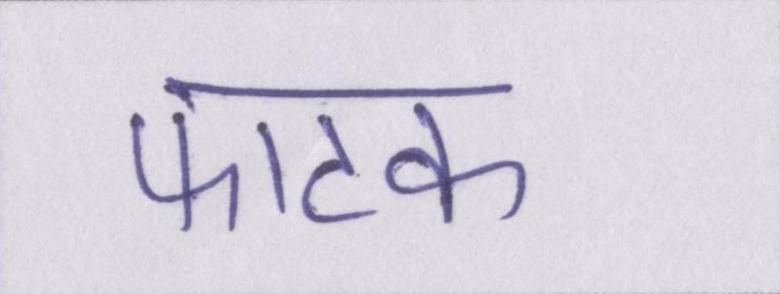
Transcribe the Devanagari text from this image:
फाटक